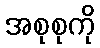
အစုစုကို